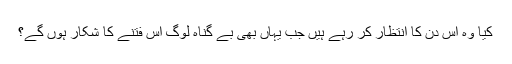
کیا وہ اس دن کا انتظار کر رہے ہیں جب یہاں بھی بے گناہ لوگ اس فتنے کا شکار ہوں گے؟